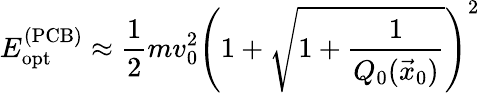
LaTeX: E_{\textrm{opt}}^{(\textrm{PCB})}\approx\frac{1}{2}mv_{0}^{2}\left(1+\sqrt{1+\frac{1}{Q_{0}(\vec{x}_{0})}}\right)^{2}